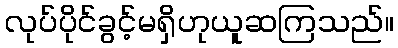
လုပ်ပိုင်ခွင့်မရှိဟုယူဆကြသည်။